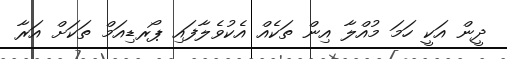
ދީން އަކީ ހަމަ މުއްލާ އިން ތަކެއް އެކުވެލާފައި ޕޯރޑިއަމް ތަކަށް އަރާ